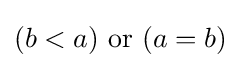
(b<a){\text{ or }}(a=b)